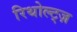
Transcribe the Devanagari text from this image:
रिथोल्ट्ज़